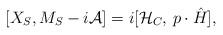
LaTeX: \begin{align*}[X_S, M_S-i{\cal A}]=i[{\cal H}_C, \,p\cdot\hat{H}],\end{align*}